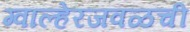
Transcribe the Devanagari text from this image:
ग्वाल्हेरजवळची